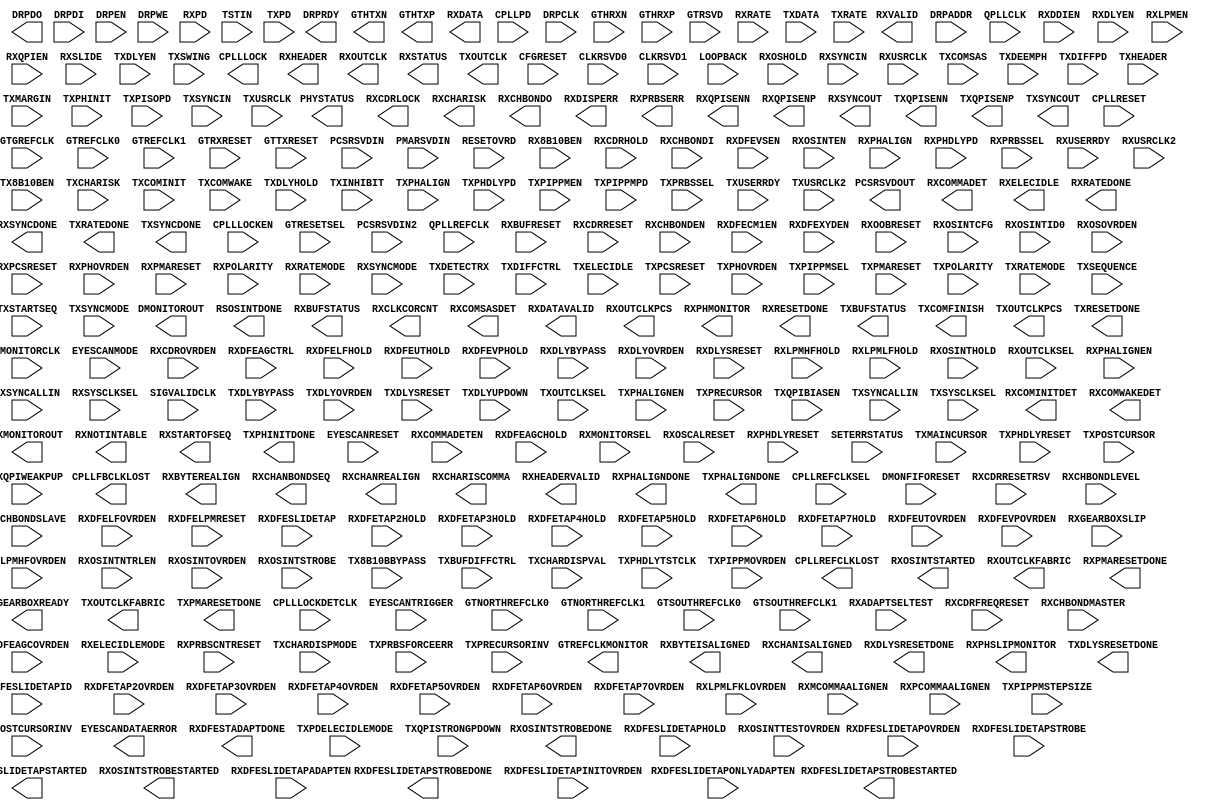
module GTHE2_CHANNEL (
  CPLLFBCLKLOST,
  CPLLLOCK,
  CPLLREFCLKLOST,
  DMONITOROUT,
  DRPDO,
  DRPRDY,
  EYESCANDATAERROR,
  GTHTXN,
  GTHTXP,
  GTREFCLKMONITOR,
  PCSRSVDOUT,
  PHYSTATUS,
  RSOSINTDONE,
  RXBUFSTATUS,
  RXBYTEISALIGNED,
  RXBYTEREALIGN,
  RXCDRLOCK,
  RXCHANBONDSEQ,
  RXCHANISALIGNED,
  RXCHANREALIGN,
  RXCHARISCOMMA,
  RXCHARISK,
  RXCHBONDO,
  RXCLKCORCNT,
  RXCOMINITDET,
  RXCOMMADET,
  RXCOMSASDET,
  RXCOMWAKEDET,
  RXDATA,
  RXDATAVALID,
  RXDFESLIDETAPSTARTED,
  RXDFESLIDETAPSTROBEDONE,
  RXDFESLIDETAPSTROBESTARTED,
  RXDFESTADAPTDONE,
  RXDISPERR,
  RXDLYSRESETDONE,
  RXELECIDLE,
  RXHEADER,
  RXHEADERVALID,
  RXMONITOROUT,
  RXNOTINTABLE,
  RXOSINTSTARTED,
  RXOSINTSTROBEDONE,
  RXOSINTSTROBESTARTED,
  RXOUTCLK,
  RXOUTCLKFABRIC,
  RXOUTCLKPCS,
  RXPHALIGNDONE,
  RXPHMONITOR,
  RXPHSLIPMONITOR,
  RXPMARESETDONE,
  RXPRBSERR,
  RXQPISENN,
  RXQPISENP,
  RXRATEDONE,
  RXRESETDONE,
  RXSTARTOFSEQ,
  RXSTATUS,
  RXSYNCDONE,
  RXSYNCOUT,
  RXVALID,
  TXBUFSTATUS,
  TXCOMFINISH,
  TXDLYSRESETDONE,
  TXGEARBOXREADY,
  TXOUTCLK,
  TXOUTCLKFABRIC,
  TXOUTCLKPCS,
  TXPHALIGNDONE,
  TXPHINITDONE,
  TXPMARESETDONE,
  TXQPISENN,
  TXQPISENP,
  TXRATEDONE,
  TXRESETDONE,
  TXSYNCDONE,
  TXSYNCOUT,

  CFGRESET,
  CLKRSVD0,
  CLKRSVD1,
  CPLLLOCKDETCLK,
  CPLLLOCKEN,
  CPLLPD,
  CPLLREFCLKSEL,
  CPLLRESET,
  DMONFIFORESET,
  DMONITORCLK,
  DRPADDR,
  DRPCLK,
  DRPDI,
  DRPEN,
  DRPWE,
  EYESCANMODE,
  EYESCANRESET,
  EYESCANTRIGGER,
  GTGREFCLK,
  GTHRXN,
  GTHRXP,
  GTNORTHREFCLK0,
  GTNORTHREFCLK1,
  GTREFCLK0,
  GTREFCLK1,
  GTRESETSEL,
  GTRSVD,
  GTRXRESET,
  GTSOUTHREFCLK0,
  GTSOUTHREFCLK1,
  GTTXRESET,
  LOOPBACK,
  PCSRSVDIN,
  PCSRSVDIN2,
  PMARSVDIN,
  QPLLCLK,
  QPLLREFCLK,
  RESETOVRD,
  RX8B10BEN,
  RXADAPTSELTEST,
  RXBUFRESET,
  RXCDRFREQRESET,
  RXCDRHOLD,
  RXCDROVRDEN,
  RXCDRRESET,
  RXCDRRESETRSV,
  RXCHBONDEN,
  RXCHBONDI,
  RXCHBONDLEVEL,
  RXCHBONDMASTER,
  RXCHBONDSLAVE,
  RXCOMMADETEN,
  RXDDIEN,
  RXDFEAGCHOLD,
  RXDFEAGCOVRDEN,
  RXDFEAGCTRL,
  RXDFECM1EN,
  RXDFELFHOLD,
  RXDFELFOVRDEN,
  RXDFELPMRESET,
  RXDFESLIDETAP,
  RXDFESLIDETAPADAPTEN,
  RXDFESLIDETAPHOLD,
  RXDFESLIDETAPID,
  RXDFESLIDETAPINITOVRDEN,
  RXDFESLIDETAPONLYADAPTEN,
  RXDFESLIDETAPOVRDEN,
  RXDFESLIDETAPSTROBE,
  RXDFETAP2HOLD,
  RXDFETAP2OVRDEN,
  RXDFETAP3HOLD,
  RXDFETAP3OVRDEN,
  RXDFETAP4HOLD,
  RXDFETAP4OVRDEN,
  RXDFETAP5HOLD,
  RXDFETAP5OVRDEN,
  RXDFETAP6HOLD,
  RXDFETAP6OVRDEN,
  RXDFETAP7HOLD,
  RXDFETAP7OVRDEN,
  RXDFEUTHOLD,
  RXDFEUTOVRDEN,
  RXDFEVPHOLD,
  RXDFEVPOVRDEN,
  RXDFEVSEN,
  RXDFEXYDEN,
  RXDLYBYPASS,
  RXDLYEN,
  RXDLYOVRDEN,
  RXDLYSRESET,
  RXELECIDLEMODE,
  RXGEARBOXSLIP,
  RXLPMEN,
  RXLPMHFHOLD,
  RXLPMHFOVRDEN,
  RXLPMLFHOLD,
  RXLPMLFKLOVRDEN,
  RXMCOMMAALIGNEN,
  RXMONITORSEL,
  RXOOBRESET,
  RXOSCALRESET,
  RXOSHOLD,
  RXOSINTCFG,
  RXOSINTEN,
  RXOSINTHOLD,
  RXOSINTID0,
  RXOSINTNTRLEN,
  RXOSINTOVRDEN,
  RXOSINTSTROBE,
  RXOSINTTESTOVRDEN,
  RXOSOVRDEN,
  RXOUTCLKSEL,
  RXPCOMMAALIGNEN,
  RXPCSRESET,
  RXPD,
  RXPHALIGN,
  RXPHALIGNEN,
  RXPHDLYPD,
  RXPHDLYRESET,
  RXPHOVRDEN,
  RXPMARESET,
  RXPOLARITY,
  RXPRBSCNTRESET,
  RXPRBSSEL,
  RXQPIEN,
  RXRATE,
  RXRATEMODE,
  RXSLIDE,
  RXSYNCALLIN,
  RXSYNCIN,
  RXSYNCMODE,
  RXSYSCLKSEL,
  RXUSERRDY,
  RXUSRCLK,
  RXUSRCLK2,
  SETERRSTATUS,
  SIGVALIDCLK,
  TSTIN,
  TX8B10BBYPASS,
  TX8B10BEN,
  TXBUFDIFFCTRL,
  TXCHARDISPMODE,
  TXCHARDISPVAL,
  TXCHARISK,
  TXCOMINIT,
  TXCOMSAS,
  TXCOMWAKE,
  TXDATA,
  TXDEEMPH,
  TXDETECTRX,
  TXDIFFCTRL,
  TXDIFFPD,
  TXDLYBYPASS,
  TXDLYEN,
  TXDLYHOLD,
  TXDLYOVRDEN,
  TXDLYSRESET,
  TXDLYUPDOWN,
  TXELECIDLE,
  TXHEADER,
  TXINHIBIT,
  TXMAINCURSOR,
  TXMARGIN,
  TXOUTCLKSEL,
  TXPCSRESET,
  TXPD,
  TXPDELECIDLEMODE,
  TXPHALIGN,
  TXPHALIGNEN,
  TXPHDLYPD,
  TXPHDLYRESET,
  TXPHDLYTSTCLK,
  TXPHINIT,
  TXPHOVRDEN,
  TXPIPPMEN,
  TXPIPPMOVRDEN,
  TXPIPPMPD,
  TXPIPPMSEL,
  TXPIPPMSTEPSIZE,
  TXPISOPD,
  TXPMARESET,
  TXPOLARITY,
  TXPOSTCURSOR,
  TXPOSTCURSORINV,
  TXPRBSFORCEERR,
  TXPRBSSEL,
  TXPRECURSOR,
  TXPRECURSORINV,
  TXQPIBIASEN,
  TXQPISTRONGPDOWN,
  TXQPIWEAKPUP,
  TXRATE,
  TXRATEMODE,
  TXSEQUENCE,
  TXSTARTSEQ,
  TXSWING,
  TXSYNCALLIN,
  TXSYNCIN,
  TXSYNCMODE,
  TXSYSCLKSEL,
  TXUSERRDY,
  TXUSRCLK,
  TXUSRCLK2
);

 
  parameter [0:0] ACJTAG_DEBUG_MODE = 1'b0;
  parameter [0:0] ACJTAG_MODE = 1'b0;
  parameter [0:0] ACJTAG_RESET = 1'b0;
  parameter [19:0] ADAPT_CFG0 = 20'h00C10;
  parameter ALIGN_COMMA_DOUBLE = "FALSE";
  parameter [9:0] ALIGN_COMMA_ENABLE = 10'b0001111111;
  parameter integer ALIGN_COMMA_WORD = 1;
  parameter ALIGN_MCOMMA_DET = "TRUE";
  parameter [9:0] ALIGN_MCOMMA_VALUE = 10'b1010000011;
  parameter ALIGN_PCOMMA_DET = "TRUE";
  parameter [9:0] ALIGN_PCOMMA_VALUE = 10'b0101111100;
  parameter [0:0] A_RXOSCALRESET = 1'b0;
  parameter CBCC_DATA_SOURCE_SEL = "DECODED";
  parameter [41:0] CFOK_CFG = 42'h24800040E80;
  parameter [5:0] CFOK_CFG2 = 6'b100000;
  parameter [5:0] CFOK_CFG3 = 6'b100000;
  parameter CHAN_BOND_KEEP_ALIGN = "FALSE";
  parameter integer CHAN_BOND_MAX_SKEW = 7;
  parameter [9:0] CHAN_BOND_SEQ_1_1 = 10'b0101111100;
  parameter [9:0] CHAN_BOND_SEQ_1_2 = 10'b0000000000;
  parameter [9:0] CHAN_BOND_SEQ_1_3 = 10'b0000000000;
  parameter [9:0] CHAN_BOND_SEQ_1_4 = 10'b0000000000;
  parameter [3:0] CHAN_BOND_SEQ_1_ENABLE = 4'b1111;
  parameter [9:0] CHAN_BOND_SEQ_2_1 = 10'b0100000000;
  parameter [9:0] CHAN_BOND_SEQ_2_2 = 10'b0100000000;
  parameter [9:0] CHAN_BOND_SEQ_2_3 = 10'b0100000000;
  parameter [9:0] CHAN_BOND_SEQ_2_4 = 10'b0100000000;
  parameter [3:0] CHAN_BOND_SEQ_2_ENABLE = 4'b1111;
  parameter CHAN_BOND_SEQ_2_USE = "FALSE";
  parameter integer CHAN_BOND_SEQ_LEN = 1;
  parameter CLK_CORRECT_USE = "TRUE";
  parameter CLK_COR_KEEP_IDLE = "FALSE";
  parameter integer CLK_COR_MAX_LAT = 20;
  parameter integer CLK_COR_MIN_LAT = 18;
  parameter CLK_COR_PRECEDENCE = "TRUE";
  parameter integer CLK_COR_REPEAT_WAIT = 0;
  parameter [9:0] CLK_COR_SEQ_1_1 = 10'b0100011100;
  parameter [9:0] CLK_COR_SEQ_1_2 = 10'b0000000000;
  parameter [9:0] CLK_COR_SEQ_1_3 = 10'b0000000000;
  parameter [9:0] CLK_COR_SEQ_1_4 = 10'b0000000000;
  parameter [3:0] CLK_COR_SEQ_1_ENABLE = 4'b1111;
  parameter [9:0] CLK_COR_SEQ_2_1 = 10'b0100000000;
  parameter [9:0] CLK_COR_SEQ_2_2 = 10'b0100000000;
  parameter [9:0] CLK_COR_SEQ_2_3 = 10'b0100000000;
  parameter [9:0] CLK_COR_SEQ_2_4 = 10'b0100000000;
  parameter [3:0] CLK_COR_SEQ_2_ENABLE = 4'b1111;
  parameter CLK_COR_SEQ_2_USE = "FALSE";
  parameter integer CLK_COR_SEQ_LEN = 1;
  parameter [28:0] CPLL_CFG = 29'h00BC07DC;
  parameter integer CPLL_FBDIV = 4;
  parameter integer CPLL_FBDIV_45 = 5;
  parameter [23:0] CPLL_INIT_CFG = 24'h00001E;
  parameter [15:0] CPLL_LOCK_CFG = 16'h01E8;
  parameter integer CPLL_REFCLK_DIV = 1;
  parameter DEC_MCOMMA_DETECT = "TRUE";
  parameter DEC_PCOMMA_DETECT = "TRUE";
  parameter DEC_VALID_COMMA_ONLY = "TRUE";
  parameter [23:0] DMONITOR_CFG = 24'h000A00;
  parameter [0:0] ES_CLK_PHASE_SEL = 1'b0;
  parameter [5:0] ES_CONTROL = 6'b000000;
  parameter ES_ERRDET_EN = "FALSE";
  parameter ES_EYE_SCAN_EN = "TRUE";
  parameter [11:0] ES_HORZ_OFFSET = 12'h000;
  parameter [9:0] ES_PMA_CFG = 10'b0000000000;
  parameter [4:0] ES_PRESCALE = 5'b00000;
  parameter [79:0] ES_QUALIFIER = 80'h00000000000000000000;
  parameter [79:0] ES_QUAL_MASK = 80'h00000000000000000000;
  parameter [79:0] ES_SDATA_MASK = 80'h00000000000000000000;
  parameter [8:0] ES_VERT_OFFSET = 9'b000000000;
  parameter [3:0] FTS_DESKEW_SEQ_ENABLE = 4'b1111;
  parameter [3:0] FTS_LANE_DESKEW_CFG = 4'b1111;
  parameter FTS_LANE_DESKEW_EN = "FALSE";
  parameter [2:0] GEARBOX_MODE = 3'b000;
  parameter [0:0] LOOPBACK_CFG = 1'b0;
  parameter [1:0] OUTREFCLK_SEL_INV = 2'b11;
  parameter PCS_PCIE_EN = "FALSE";
  parameter [47:0] PCS_RSVD_ATTR = 48'h000000000000;
  parameter [11:0] PD_TRANS_TIME_FROM_P2 = 12'h03C;
  parameter [7:0] PD_TRANS_TIME_NONE_P2 = 8'h19;
  parameter [7:0] PD_TRANS_TIME_TO_P2 = 8'h64;
  parameter [31:0] PMA_RSV = 32'b00000000000000000000000010000000;
  parameter [31:0] PMA_RSV2 = 32'b00011100000000000000000000001010;
  parameter [1:0] PMA_RSV3 = 2'b00;
  parameter [14:0] PMA_RSV4 = 15'b000000000001000;
  parameter [3:0] PMA_RSV5 = 4'b0000;
  parameter [0:0] RESET_POWERSAVE_DISABLE = 1'b0;
  parameter [4:0] RXBUFRESET_TIME = 5'b00001;
  parameter RXBUF_ADDR_MODE = "FULL";
  parameter [3:0] RXBUF_EIDLE_HI_CNT = 4'b1000;
  parameter [3:0] RXBUF_EIDLE_LO_CNT = 4'b0000;
  parameter RXBUF_EN = "TRUE";
  parameter RXBUF_RESET_ON_CB_CHANGE = "TRUE";
  parameter RXBUF_RESET_ON_COMMAALIGN = "FALSE";
  parameter RXBUF_RESET_ON_EIDLE = "FALSE";
  parameter RXBUF_RESET_ON_RATE_CHANGE = "TRUE";
  parameter integer RXBUF_THRESH_OVFLW = 61;
  parameter RXBUF_THRESH_OVRD = "FALSE";
  parameter integer RXBUF_THRESH_UNDFLW = 4;
  parameter [4:0] RXCDRFREQRESET_TIME = 5'b00001;
  parameter [4:0] RXCDRPHRESET_TIME = 5'b00001;
  parameter [82:0] RXCDR_CFG = 83'h0002007FE2000C208001A;
  parameter [0:0] RXCDR_FR_RESET_ON_EIDLE = 1'b0;
  parameter [0:0] RXCDR_HOLD_DURING_EIDLE = 1'b0;
  parameter [5:0] RXCDR_LOCK_CFG = 6'b001001;
  parameter [0:0] RXCDR_PH_RESET_ON_EIDLE = 1'b0;
  parameter [6:0] RXDFELPMRESET_TIME = 7'b0001111;
  parameter [15:0] RXDLY_CFG = 16'h001F;
  parameter [8:0] RXDLY_LCFG = 9'h030;
  parameter [15:0] RXDLY_TAP_CFG = 16'h0000;
  parameter RXGEARBOX_EN = "FALSE";
  parameter [4:0] RXISCANRESET_TIME = 5'b00001;
  parameter [13:0] RXLPM_HF_CFG = 14'b00001000000000;
  parameter [17:0] RXLPM_LF_CFG = 18'b001001000000000000;
  parameter [6:0] RXOOB_CFG = 7'b0000110;
  parameter RXOOB_CLK_CFG = "PMA";
  parameter [4:0] RXOSCALRESET_TIME = 5'b00011;
  parameter [4:0] RXOSCALRESET_TIMEOUT = 5'b00000;
  parameter integer RXOUT_DIV = 2;
  parameter [4:0] RXPCSRESET_TIME = 5'b00001;
  parameter [23:0] RXPHDLY_CFG = 24'h084020;
  parameter [23:0] RXPH_CFG = 24'hC00002;
  parameter [4:0] RXPH_MONITOR_SEL = 5'b00000;
  parameter [1:0] RXPI_CFG0 = 2'b00;
  parameter [1:0] RXPI_CFG1 = 2'b00;
  parameter [1:0] RXPI_CFG2 = 2'b00;
  parameter [1:0] RXPI_CFG3 = 2'b00;
  parameter [0:0] RXPI_CFG4 = 1'b0;
  parameter [0:0] RXPI_CFG5 = 1'b0;
  parameter [2:0] RXPI_CFG6 = 3'b100;
  parameter [4:0] RXPMARESET_TIME = 5'b00011;
  parameter [0:0] RXPRBS_ERR_LOOPBACK = 1'b0;
  parameter integer RXSLIDE_AUTO_WAIT = 7;
  parameter RXSLIDE_MODE = "OFF";
  parameter [0:0] RXSYNC_MULTILANE = 1'b0;
  parameter [0:0] RXSYNC_OVRD = 1'b0;
  parameter [0:0] RXSYNC_SKIP_DA = 1'b0;
  parameter [23:0] RX_BIAS_CFG = 24'b000011000000000000010000;
  parameter [5:0] RX_BUFFER_CFG = 6'b000000;
  parameter integer RX_CLK25_DIV = 7;
  parameter [0:0] RX_CLKMUX_PD = 1'b1;
  parameter [1:0] RX_CM_SEL = 2'b11;
  parameter [3:0] RX_CM_TRIM = 4'b0100;
  parameter integer RX_DATA_WIDTH = 20;
  parameter [5:0] RX_DDI_SEL = 6'b000000;
  parameter [13:0] RX_DEBUG_CFG = 14'b00000000000000;
  parameter RX_DEFER_RESET_BUF_EN = "TRUE";
  parameter [3:0] RX_DFELPM_CFG0 = 4'b0110;
  parameter [0:0] RX_DFELPM_CFG1 = 1'b0;
  parameter [0:0] RX_DFELPM_KLKH_AGC_STUP_EN = 1'b1;
  parameter [1:0] RX_DFE_AGC_CFG0 = 2'b00;
  parameter [2:0] RX_DFE_AGC_CFG1 = 3'b010;
  parameter [3:0] RX_DFE_AGC_CFG2 = 4'b0000;
  parameter [0:0] RX_DFE_AGC_OVRDEN = 1'b1;
  parameter [22:0] RX_DFE_GAIN_CFG = 23'h0020C0;
  parameter [11:0] RX_DFE_H2_CFG = 12'b000000000000;
  parameter [11:0] RX_DFE_H3_CFG = 12'b000001000000;
  parameter [10:0] RX_DFE_H4_CFG = 11'b00011100000;
  parameter [10:0] RX_DFE_H5_CFG = 11'b00011100000;
  parameter [10:0] RX_DFE_H6_CFG = 11'b00000100000;
  parameter [10:0] RX_DFE_H7_CFG = 11'b00000100000;
  parameter [32:0] RX_DFE_KL_CFG = 33'b000000000000000000000001100010000;
  parameter [1:0] RX_DFE_KL_LPM_KH_CFG0 = 2'b01;
  parameter [2:0] RX_DFE_KL_LPM_KH_CFG1 = 3'b010;
  parameter [3:0] RX_DFE_KL_LPM_KH_CFG2 = 4'b0010;
  parameter [0:0] RX_DFE_KL_LPM_KH_OVRDEN = 1'b1;
  parameter [1:0] RX_DFE_KL_LPM_KL_CFG0 = 2'b10;
  parameter [2:0] RX_DFE_KL_LPM_KL_CFG1 = 3'b010;
  parameter [3:0] RX_DFE_KL_LPM_KL_CFG2 = 4'b0010;
  parameter [0:0] RX_DFE_KL_LPM_KL_OVRDEN = 1'b1;
  parameter [15:0] RX_DFE_LPM_CFG = 16'h0080;
  parameter [0:0] RX_DFE_LPM_HOLD_DURING_EIDLE = 1'b0;
  parameter [53:0] RX_DFE_ST_CFG = 54'h00E100000C003F;
  parameter [16:0] RX_DFE_UT_CFG = 17'b00011100000000000;
  parameter [16:0] RX_DFE_VP_CFG = 17'b00011101010100011;
  parameter RX_DISPERR_SEQ_MATCH = "TRUE";
  parameter integer RX_INT_DATAWIDTH = 0;
  parameter [12:0] RX_OS_CFG = 13'b0000010000000;
  parameter integer RX_SIG_VALID_DLY = 10;
  parameter RX_XCLK_SEL = "RXREC";
  parameter integer SAS_MAX_COM = 64;
  parameter integer SAS_MIN_COM = 36;
  parameter [3:0] SATA_BURST_SEQ_LEN = 4'b1111;
  parameter [2:0] SATA_BURST_VAL = 3'b100;
  parameter SATA_CPLL_CFG = "VCO_3000MHZ";
  parameter [2:0] SATA_EIDLE_VAL = 3'b100;
  parameter integer SATA_MAX_BURST = 8;
  parameter integer SATA_MAX_INIT = 21;
  parameter integer SATA_MAX_WAKE = 7;
  parameter integer SATA_MIN_BURST = 4;
  parameter integer SATA_MIN_INIT = 12;
  parameter integer SATA_MIN_WAKE = 4;
  parameter SHOW_REALIGN_COMMA = "TRUE";
  parameter [2:0] SIM_CPLLREFCLK_SEL = 3'b001;
  parameter SIM_RECEIVER_DETECT_PASS = "TRUE";
  parameter SIM_RESET_SPEEDUP = "TRUE";
  parameter SIM_TX_EIDLE_DRIVE_LEVEL = "X";
  parameter SIM_VERSION = "1.1";
  parameter [14:0] TERM_RCAL_CFG = 15'b100001000010000;
  parameter [2:0] TERM_RCAL_OVRD = 3'b000;
  parameter [7:0] TRANS_TIME_RATE = 8'h0E;
  parameter [31:0] TST_RSV = 32'h00000000;
  parameter TXBUF_EN = "TRUE";
  parameter TXBUF_RESET_ON_RATE_CHANGE = "FALSE";
  parameter [15:0] TXDLY_CFG = 16'h001F;
  parameter [8:0] TXDLY_LCFG = 9'h030;
  parameter [15:0] TXDLY_TAP_CFG = 16'h0000;
  parameter TXGEARBOX_EN = "FALSE";
  parameter [0:0] TXOOB_CFG = 1'b0;
  parameter integer TXOUT_DIV = 2;
  parameter [4:0] TXPCSRESET_TIME = 5'b00001;
  parameter [23:0] TXPHDLY_CFG = 24'h084020;
  parameter [15:0] TXPH_CFG = 16'h0780;
  parameter [4:0] TXPH_MONITOR_SEL = 5'b00000;
  parameter [1:0] TXPI_CFG0 = 2'b00;
  parameter [1:0] TXPI_CFG1 = 2'b00;
  parameter [1:0] TXPI_CFG2 = 2'b00;
  parameter [0:0] TXPI_CFG3 = 1'b0;
  parameter [0:0] TXPI_CFG4 = 1'b0;
  parameter [2:0] TXPI_CFG5 = 3'b100;
  parameter [0:0] TXPI_GREY_SEL = 1'b0;
  parameter [0:0] TXPI_INVSTROBE_SEL = 1'b0;
  parameter TXPI_PPMCLK_SEL = "TXUSRCLK2";
  parameter [7:0] TXPI_PPM_CFG = 8'b00000000;
  parameter [2:0] TXPI_SYNFREQ_PPM = 3'b000;
  parameter [4:0] TXPMARESET_TIME = 5'b00001;
  parameter [0:0] TXSYNC_MULTILANE = 1'b0;
  parameter [0:0] TXSYNC_OVRD = 1'b0;
  parameter [0:0] TXSYNC_SKIP_DA = 1'b0;
  parameter integer TX_CLK25_DIV = 7;
  parameter [0:0] TX_CLKMUX_PD = 1'b1;
  parameter integer TX_DATA_WIDTH = 20;
  parameter [5:0] TX_DEEMPH0 = 6'b000000;
  parameter [5:0] TX_DEEMPH1 = 6'b000000;
  parameter TX_DRIVE_MODE = "DIRECT";
  parameter [2:0] TX_EIDLE_ASSERT_DELAY = 3'b110;
  parameter [2:0] TX_EIDLE_DEASSERT_DELAY = 3'b100;
  parameter integer TX_INT_DATAWIDTH = 0;
  parameter TX_LOOPBACK_DRIVE_HIZ = "FALSE";
  parameter [0:0] TX_MAINCURSOR_SEL = 1'b0;
  parameter [6:0] TX_MARGIN_FULL_0 = 7'b1001110;
  parameter [6:0] TX_MARGIN_FULL_1 = 7'b1001001;
  parameter [6:0] TX_MARGIN_FULL_2 = 7'b1000101;
  parameter [6:0] TX_MARGIN_FULL_3 = 7'b1000010;
  parameter [6:0] TX_MARGIN_FULL_4 = 7'b1000000;
  parameter [6:0] TX_MARGIN_LOW_0 = 7'b1000110;
  parameter [6:0] TX_MARGIN_LOW_1 = 7'b1000100;
  parameter [6:0] TX_MARGIN_LOW_2 = 7'b1000010;
  parameter [6:0] TX_MARGIN_LOW_3 = 7'b1000000;
  parameter [6:0] TX_MARGIN_LOW_4 = 7'b1000000;
  parameter [0:0] TX_QPI_STATUS_EN = 1'b0;
  parameter [13:0] TX_RXDETECT_CFG = 14'h1832;
  parameter [16:0] TX_RXDETECT_PRECHARGE_TIME = 17'h00000;
  parameter [2:0] TX_RXDETECT_REF = 3'b100;
  parameter TX_XCLK_SEL = "TXUSR";
  parameter [0:0] UCODEER_CLR = 1'b0;
  parameter [0:0] USE_PCS_CLK_PHASE_SEL = 1'b0;

  output CPLLFBCLKLOST;
  output CPLLLOCK;
  output CPLLREFCLKLOST;
  output DRPRDY;
  output EYESCANDATAERROR;
  output GTHTXN;
  output GTHTXP;
  output GTREFCLKMONITOR;
  output PHYSTATUS;
  output RSOSINTDONE;
  output RXBYTEISALIGNED;
  output RXBYTEREALIGN;
  output RXCDRLOCK;
  output RXCHANBONDSEQ;
  output RXCHANISALIGNED;
  output RXCHANREALIGN;
  output RXCOMINITDET;
  output RXCOMMADET;
  output RXCOMSASDET;
  output RXCOMWAKEDET;
  output RXDFESLIDETAPSTARTED;
  output RXDFESLIDETAPSTROBEDONE;
  output RXDFESLIDETAPSTROBESTARTED;
  output RXDFESTADAPTDONE;
  output RXDLYSRESETDONE;
  output RXELECIDLE;
  output RXOSINTSTARTED;
  output RXOSINTSTROBEDONE;
  output RXOSINTSTROBESTARTED;
  output RXOUTCLK;
  output RXOUTCLKFABRIC;
  output RXOUTCLKPCS;
  output RXPHALIGNDONE;
  output RXPMARESETDONE;
  output RXPRBSERR;
  output RXQPISENN;
  output RXQPISENP;
  output RXRATEDONE;
  output RXRESETDONE;
  output RXSYNCDONE;
  output RXSYNCOUT;
  output RXVALID;
  output TXCOMFINISH;
  output TXDLYSRESETDONE;
  output TXGEARBOXREADY;
  output TXOUTCLK;
  output TXOUTCLKFABRIC;
  output TXOUTCLKPCS;
  output TXPHALIGNDONE;
  output TXPHINITDONE;
  output TXPMARESETDONE;
  output TXQPISENN;
  output TXQPISENP;
  output TXRATEDONE;
  output TXRESETDONE;
  output TXSYNCDONE;
  output TXSYNCOUT;
  output [14:0] DMONITOROUT;
  output [15:0] DRPDO;
  output [15:0] PCSRSVDOUT;
  output [1:0] RXCLKCORCNT;
  output [1:0] RXDATAVALID;
  output [1:0] RXHEADERVALID;
  output [1:0] RXSTARTOFSEQ;
  output [1:0] TXBUFSTATUS;
  output [2:0] RXBUFSTATUS;
  output [2:0] RXSTATUS;
  output [4:0] RXCHBONDO;
  output [4:0] RXPHMONITOR;
  output [4:0] RXPHSLIPMONITOR;
  output [5:0] RXHEADER;
  output [63:0] RXDATA;
  output [6:0] RXMONITOROUT;
  output [7:0] RXCHARISCOMMA;
  output [7:0] RXCHARISK;
  output [7:0] RXDISPERR;
  output [7:0] RXNOTINTABLE;

  input CFGRESET;
  input CLKRSVD0;
  input CLKRSVD1;
  input CPLLLOCKDETCLK;
  input CPLLLOCKEN;
  input CPLLPD;
  input CPLLRESET;
  input DMONFIFORESET;
  input DMONITORCLK;
  input DRPCLK;
  input DRPEN;
  input DRPWE;
  input EYESCANMODE;
  input EYESCANRESET;
  input EYESCANTRIGGER;
  input GTGREFCLK;
  input GTHRXN;
  input GTHRXP;
  input GTNORTHREFCLK0;
  input GTNORTHREFCLK1;
  input GTREFCLK0;
  input GTREFCLK1;
  input GTRESETSEL;
  input GTRXRESET;
  input GTSOUTHREFCLK0;
  input GTSOUTHREFCLK1;
  input GTTXRESET;
  input QPLLCLK;
  input QPLLREFCLK;
  input RESETOVRD;
  input RX8B10BEN;
  input RXBUFRESET;
  input RXCDRFREQRESET;
  input RXCDRHOLD;
  input RXCDROVRDEN;
  input RXCDRRESET;
  input RXCDRRESETRSV;
  input RXCHBONDEN;
  input RXCHBONDMASTER;
  input RXCHBONDSLAVE;
  input RXCOMMADETEN;
  input RXDDIEN;
  input RXDFEAGCHOLD;
  input RXDFEAGCOVRDEN;
  input RXDFECM1EN;
  input RXDFELFHOLD;
  input RXDFELFOVRDEN;
  input RXDFELPMRESET;
  input RXDFESLIDETAPADAPTEN;
  input RXDFESLIDETAPHOLD;
  input RXDFESLIDETAPINITOVRDEN;
  input RXDFESLIDETAPONLYADAPTEN;
  input RXDFESLIDETAPOVRDEN;
  input RXDFESLIDETAPSTROBE;
  input RXDFETAP2HOLD;
  input RXDFETAP2OVRDEN;
  input RXDFETAP3HOLD;
  input RXDFETAP3OVRDEN;
  input RXDFETAP4HOLD;
  input RXDFETAP4OVRDEN;
  input RXDFETAP5HOLD;
  input RXDFETAP5OVRDEN;
  input RXDFETAP6HOLD;
  input RXDFETAP6OVRDEN;
  input RXDFETAP7HOLD;
  input RXDFETAP7OVRDEN;
  input RXDFEUTHOLD;
  input RXDFEUTOVRDEN;
  input RXDFEVPHOLD;
  input RXDFEVPOVRDEN;
  input RXDFEVSEN;
  input RXDFEXYDEN;
  input RXDLYBYPASS;
  input RXDLYEN;
  input RXDLYOVRDEN;
  input RXDLYSRESET;
  input RXGEARBOXSLIP;
  input RXLPMEN;
  input RXLPMHFHOLD;
  input RXLPMHFOVRDEN;
  input RXLPMLFHOLD;
  input RXLPMLFKLOVRDEN;
  input RXMCOMMAALIGNEN;
  input RXOOBRESET;
  input RXOSCALRESET;
  input RXOSHOLD;
  input RXOSINTEN;
  input RXOSINTHOLD;
  input RXOSINTNTRLEN;
  input RXOSINTOVRDEN;
  input RXOSINTSTROBE;
  input RXOSINTTESTOVRDEN;
  input RXOSOVRDEN;
  input RXPCOMMAALIGNEN;
  input RXPCSRESET;
  input RXPHALIGN;
  input RXPHALIGNEN;
  input RXPHDLYPD;
  input RXPHDLYRESET;
  input RXPHOVRDEN;
  input RXPMARESET;
  input RXPOLARITY;
  input RXPRBSCNTRESET;
  input RXQPIEN;
  input RXRATEMODE;
  input RXSLIDE;
  input RXSYNCALLIN;
  input RXSYNCIN;
  input RXSYNCMODE;
  input RXUSERRDY;
  input RXUSRCLK2;
  input RXUSRCLK;
  input SETERRSTATUS;
  input SIGVALIDCLK;
  input TX8B10BEN;
  input TXCOMINIT;
  input TXCOMSAS;
  input TXCOMWAKE;
  input TXDEEMPH;
  input TXDETECTRX;
  input TXDIFFPD;
  input TXDLYBYPASS;
  input TXDLYEN;
  input TXDLYHOLD;
  input TXDLYOVRDEN;
  input TXDLYSRESET;
  input TXDLYUPDOWN;
  input TXELECIDLE;
  input TXINHIBIT;
  input TXPCSRESET;
  input TXPDELECIDLEMODE;
  input TXPHALIGN;
  input TXPHALIGNEN;
  input TXPHDLYPD;
  input TXPHDLYRESET;
  input TXPHDLYTSTCLK;
  input TXPHINIT;
  input TXPHOVRDEN;
  input TXPIPPMEN;
  input TXPIPPMOVRDEN;
  input TXPIPPMPD;
  input TXPIPPMSEL;
  input TXPISOPD;
  input TXPMARESET;
  input TXPOLARITY;
  input TXPOSTCURSORINV;
  input TXPRBSFORCEERR;
  input TXPRECURSORINV;
  input TXQPIBIASEN;
  input TXQPISTRONGPDOWN;
  input TXQPIWEAKPUP;
  input TXRATEMODE;
  input TXSTARTSEQ;
  input TXSWING;
  input TXSYNCALLIN;
  input TXSYNCIN;
  input TXSYNCMODE;
  input TXUSERRDY;
  input TXUSRCLK2;
  input TXUSRCLK;
  input [13:0] RXADAPTSELTEST;
  input [15:0] DRPDI;
  input [15:0] GTRSVD;
  input [15:0] PCSRSVDIN;
  input [19:0] TSTIN;
  input [1:0] RXELECIDLEMODE;
  input [1:0] RXMONITORSEL;
  input [1:0] RXPD;
  input [1:0] RXSYSCLKSEL;
  input [1:0] TXPD;
  input [1:0] TXSYSCLKSEL;
  input [2:0] CPLLREFCLKSEL;
  input [2:0] LOOPBACK;
  input [2:0] RXCHBONDLEVEL;
  input [2:0] RXOUTCLKSEL;
  input [2:0] RXPRBSSEL;
  input [2:0] RXRATE;
  input [2:0] TXBUFDIFFCTRL;
  input [2:0] TXHEADER;
  input [2:0] TXMARGIN;
  input [2:0] TXOUTCLKSEL;
  input [2:0] TXPRBSSEL;
  input [2:0] TXRATE;
  input [3:0] RXOSINTCFG;
  input [3:0] RXOSINTID0;
  input [3:0] TXDIFFCTRL;
  input [4:0] PCSRSVDIN2;
  input [4:0] PMARSVDIN;
  input [4:0] RXCHBONDI;
  input [4:0] RXDFEAGCTRL;
  input [4:0] RXDFESLIDETAP;
  input [4:0] TXPIPPMSTEPSIZE;
  input [4:0] TXPOSTCURSOR;
  input [4:0] TXPRECURSOR;
  input [5:0] RXDFESLIDETAPID;
  input [63:0] TXDATA;
  input [6:0] TXMAINCURSOR;
  input [6:0] TXSEQUENCE;
  input [7:0] TX8B10BBYPASS;
  input [7:0] TXCHARDISPMODE;
  input [7:0] TXCHARDISPVAL;
  input [7:0] TXCHARISK;
  input [8:0] DRPADDR;

endmodule